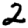
Digit: 2